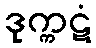
ဒုက္ကဋံ